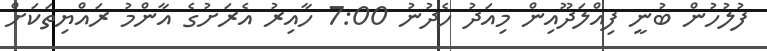
ފުލުހުން ބުނީ ފިއްލަދޫއިން މިއަދު ހެދުނު 7:00 ހާއިރު އެރަށުގެ އާންމު ރައްޔިތަކަށް